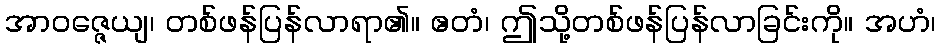
အာဝဇ္ဇေယျ၊ တစ်ဖန်ပြန်လာရာ၏။ ဧတံ၊ ဤသို့တစ်ဖန်ပြန်လာခြင်းကို။ အဟံ၊